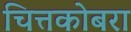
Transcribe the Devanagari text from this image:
चित्तकोबरा